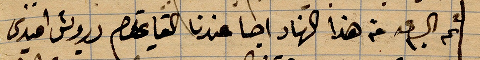
ثم بسرعة من هذا النار اجا عندنا القايمقم درويش افندي